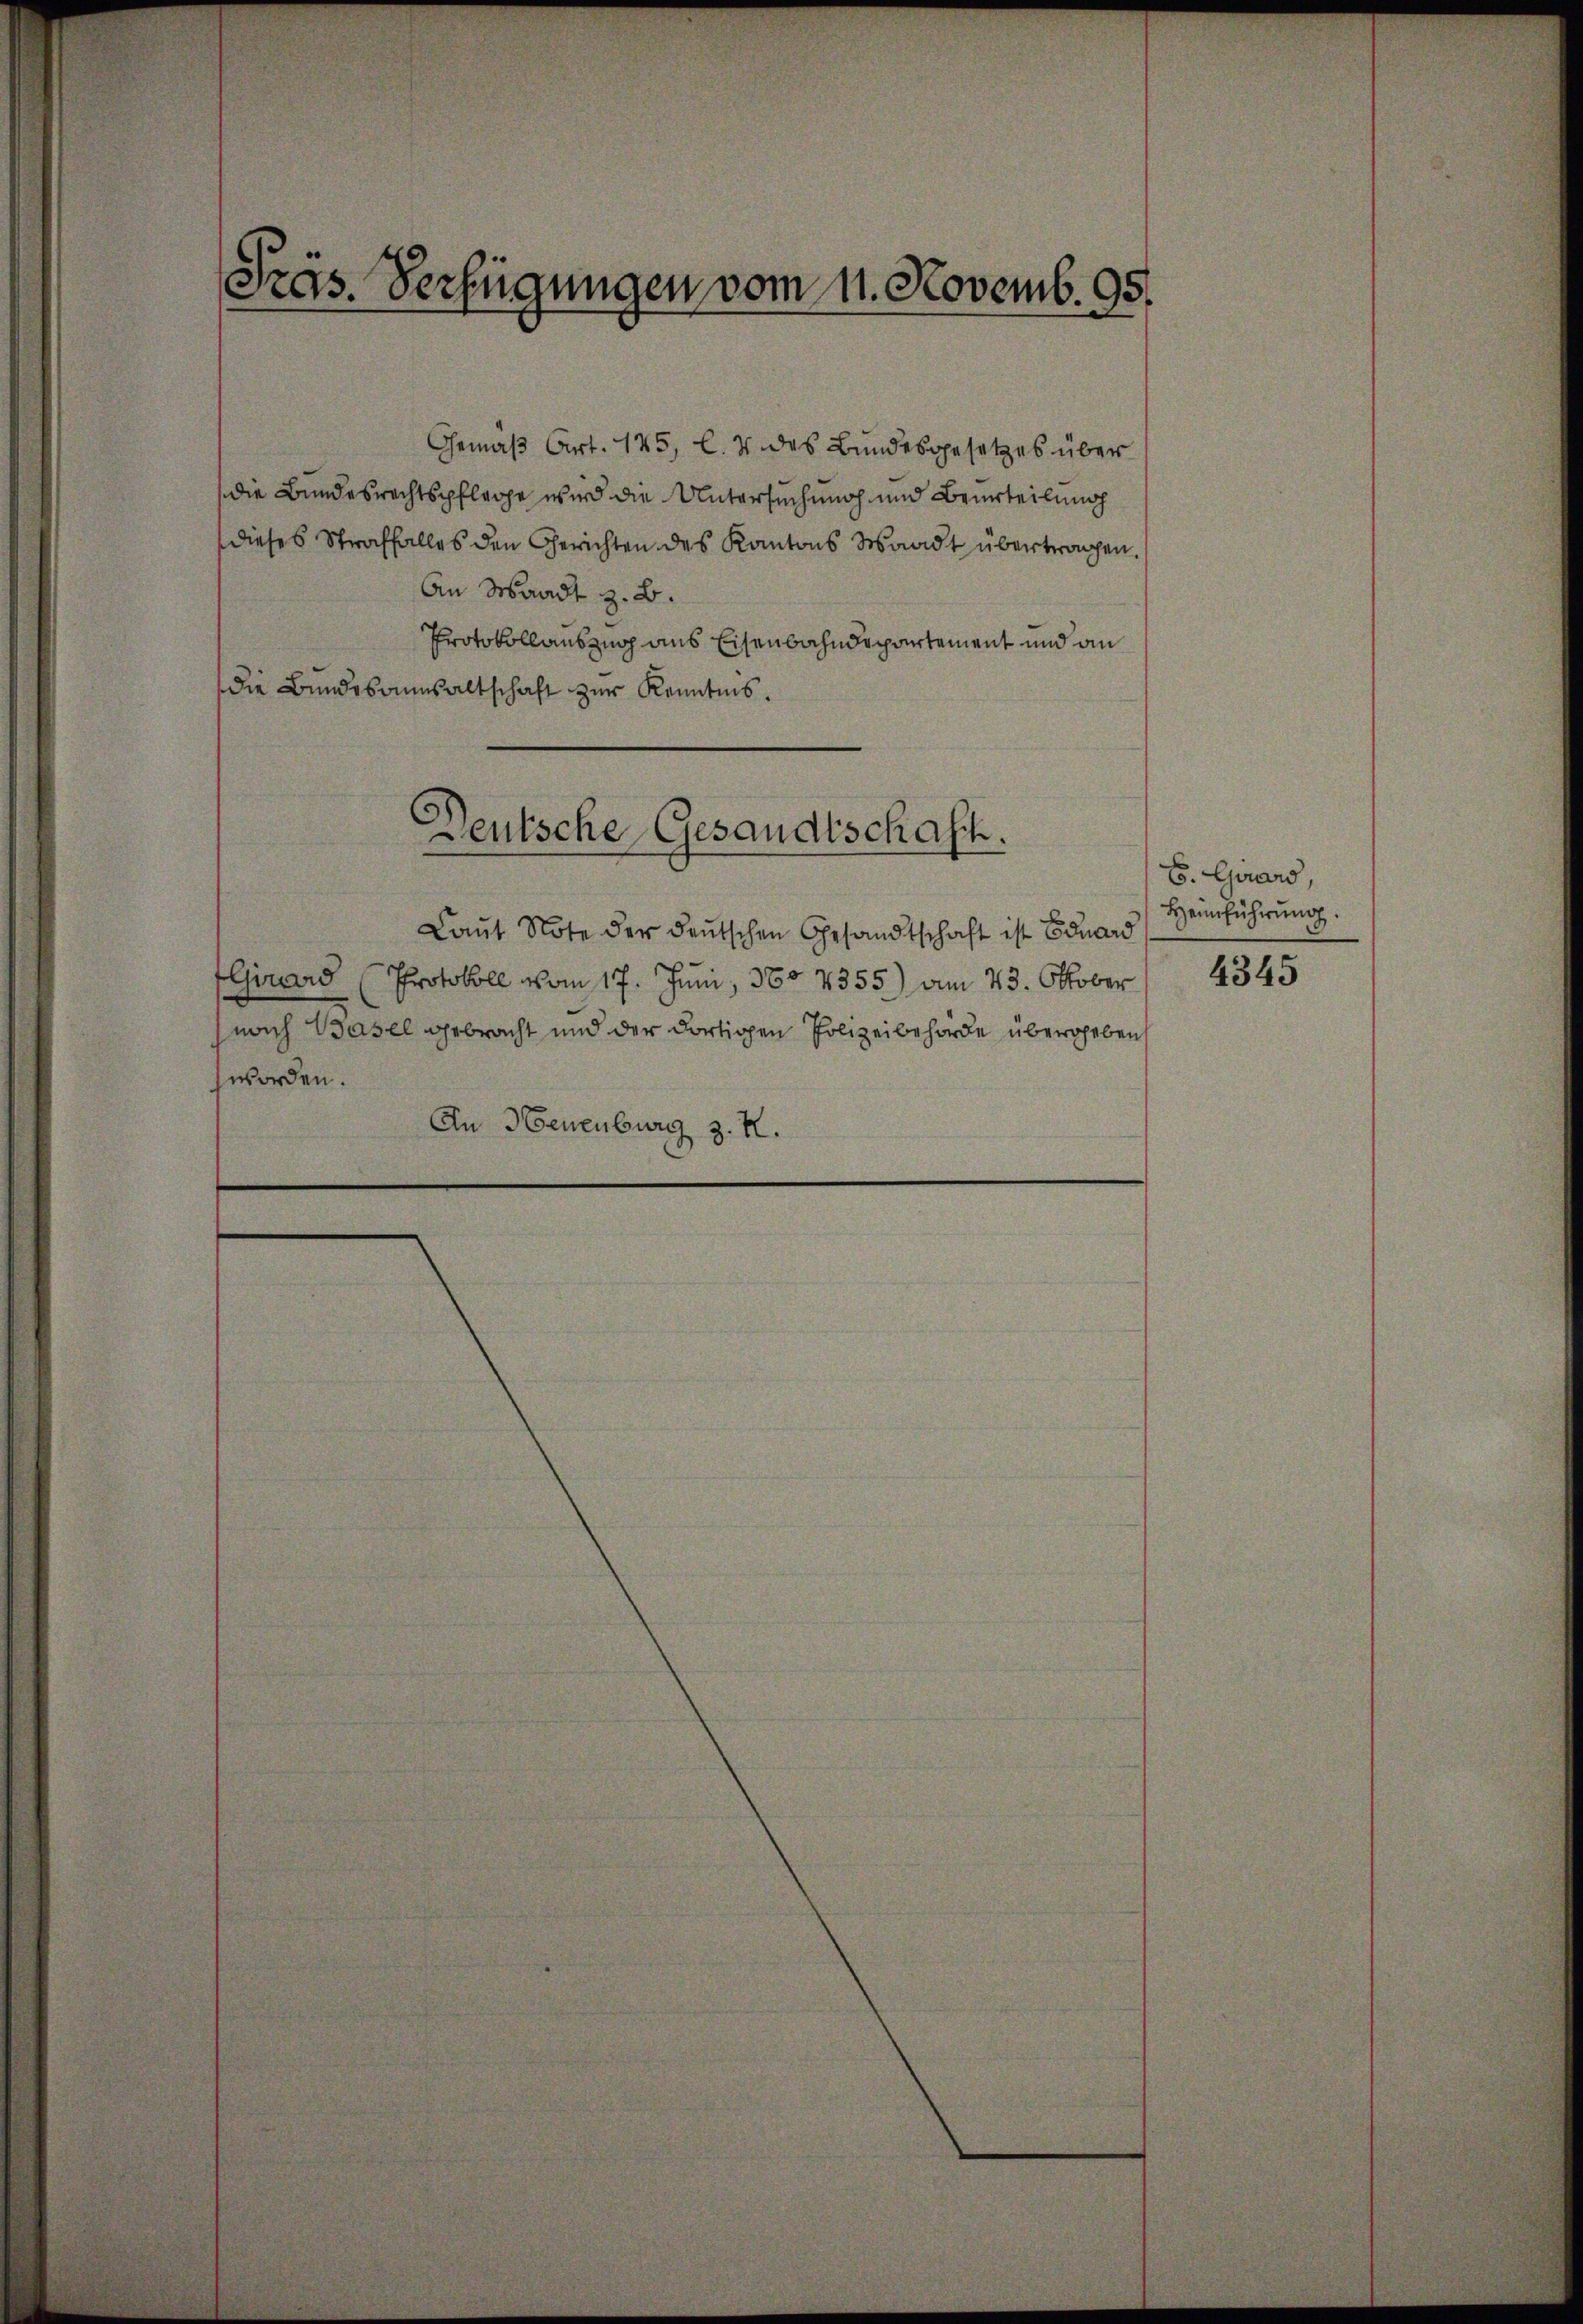
Präs. Verfügungen vom 11. Novemb. 95.

Gemäß Art. 145, l. 4 des Bundesgesetzes über
die Bundesrechtspflege wird die Untersuchung und Beurteilung
dieses Straffalles den Gerichten des Kantons Waadt übertragen.
An Waadt z. B.
Protokollauszug aus Eisenbahndepartement und an
die Bundesaumsaltschaft zur Kenntnis.
Deutsche Gesandtschaft.
Laŭt Note der deutschen Gesandtschaft ist Eduard
Girard (Protokoll vom 17. Juni, 380 4355) am 23. Oktober
nach Basel gebracht und der dortigen Polizeibehörde übergeben
worden.
An Neuenburg z. R.

B. Girard,
Heimführung.
4345